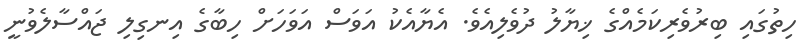
ހިތުގައި ބިރުވެރިކަމެއްގެ ޚިޔާލު ދުވެލިއެވެ. އެޔާއެކު އަވަސް އަވަހަށް ހިބާގެ އިނގިލި ޖައްސާލެވުނީ